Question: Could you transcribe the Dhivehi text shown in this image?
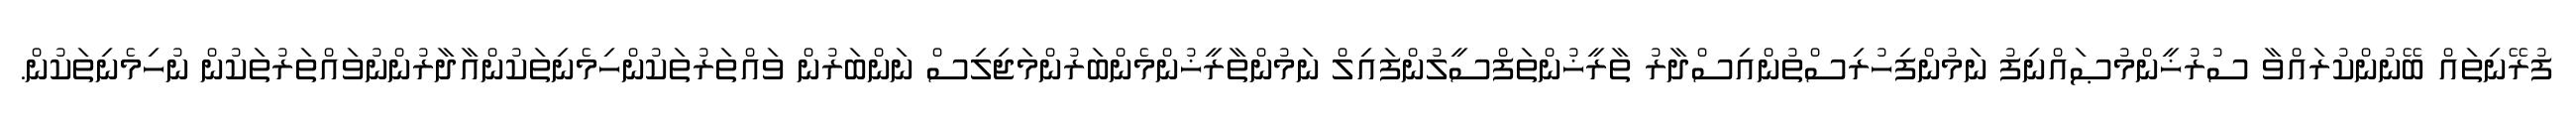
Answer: ފުރޭނިތައް ބޭނުންކުރައްވާ ސުރުޚީންމުޞައްނިފު ނަމުންފިހުރިސްތުންއިސްދާރު ތާރީޚުންތަފްސީލުންފައިލް ނަމުންތާރީޚުންމެންބަރުންމަޖިލިސް ނަންބަރުން ވައްތަރުތަކުންހިމެނިތަކުންއާދާރުންނުވައްތަރުތަކުން ނުހިމެނިތަކުން.